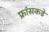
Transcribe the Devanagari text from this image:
फ्रांसकडे